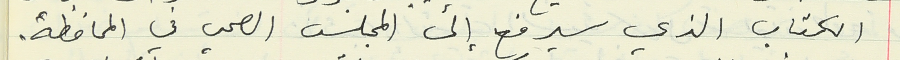
الكتاب الذي سيرفع إلى المجلس الصحي في المحافظة.